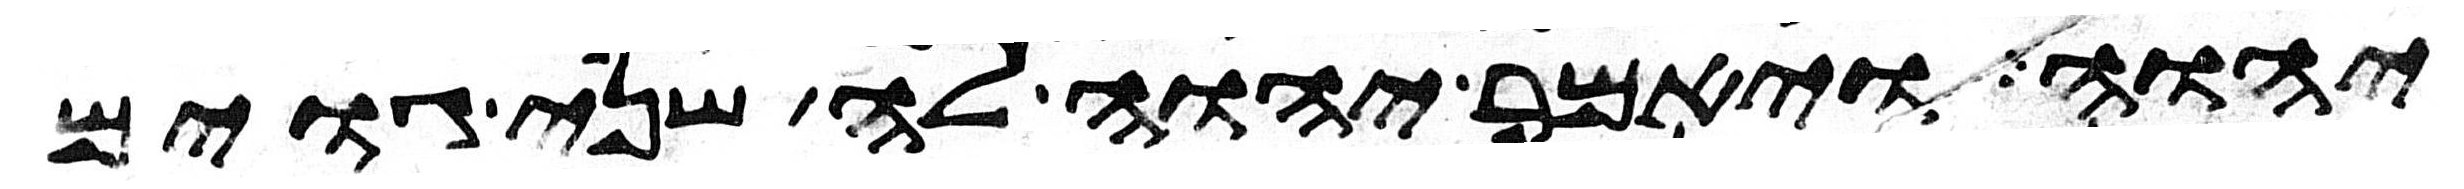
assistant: יהוה ויאמר יהוה לה שני גוים